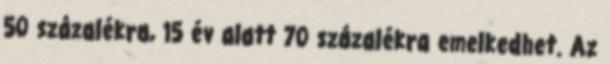
50 százalékra, 15 év alatt 70 százalékra emelkedhet. Az